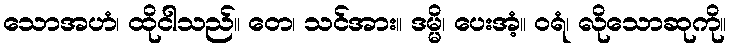
သောအဟံ၊ ထိုငါသည်။ တေ၊ သင်အား။ ဒမ္မိ၊ ပေးအံ့။ ဝရံ၊ လိုသောဆုကို။